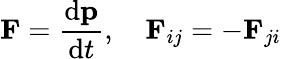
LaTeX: \mathbf{F}={\frac{\mathrm{d}\mathbf{p}}{\mathrm{d}t}},\quad\mathbf{F}_{ij}=-\mathbf{F}_{ji}